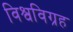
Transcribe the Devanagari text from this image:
विश्वविग्रह